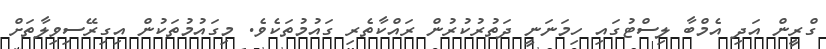
ގްރީން އަދި އެމްބާ ލިސްޓުގައި ހިމަނަނީ ދަތުރުކުރުން ރައްކާތެރި ގައުމުތަކެވެ. މިގައުމުތަކުން އިގިރޭސިވިލާތަށް